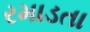
રમાડતા